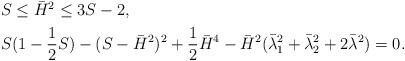
LaTeX: \begin{align*}\begin{aligned}&S\leq \bar H^2\leq 3S-2,\\&S(1-\dfrac12S)-(S-\bar H^2)^2+\dfrac12\bar H^4-\bar H^2(\bar \lambda_1^2+\bar\lambda_2^2+2\bar \lambda^2)=0.\end{aligned}\end{align*}